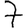
Digit: 7